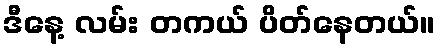
ဒီနေ့ လမ်း တကယ် ပိတ်နေတယ်။